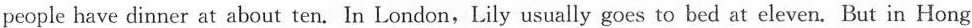
people have dinner at about ten. In London,Lily usually goes to bed at eleven. But in Hong